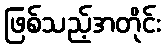
ဖြစ်သည့်အတိုင်း